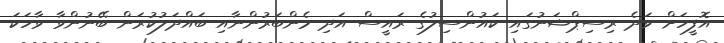
އޮފީހަށް ވަދެ ރިސިޕްޝަނުގައި ކައުންސިލުގެ ރައީސް އަދި މެންބަރުންނާއި ބައްދަލުކުރަން ބޭނުންވާ ވާހަކަ